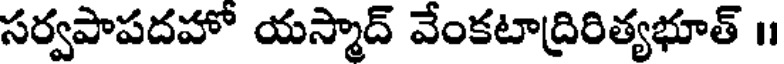
సర్వపాపదహో యస్మాద్ వేంకటాద్రిరిత్యభూత్ ।।